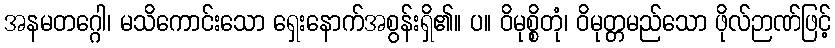
အနမတဂ္ဂေါ၊ မသိကောင်းသော ရှေးနောက်အစွန်းရှိ၏။ ပ။ ဝိမုစ္စိတုံ၊ ဝိမုတ္တမည်သော ဖိုလ်ဉာဏ်ဖြင့်